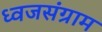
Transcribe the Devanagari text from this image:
ध्वजसंग्राम